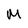
Character: M